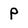
Character: p